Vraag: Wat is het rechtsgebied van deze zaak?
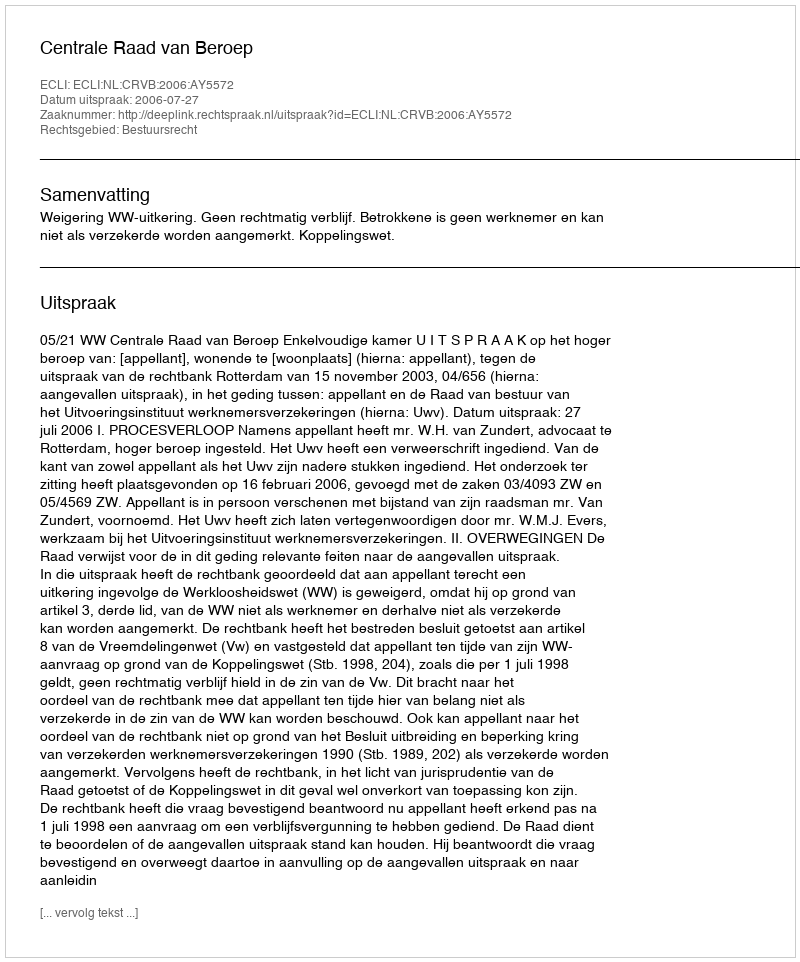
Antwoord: Bestuursrecht